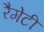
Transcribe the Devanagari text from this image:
रैगेटी